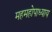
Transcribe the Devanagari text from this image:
महमहोपाध्याय